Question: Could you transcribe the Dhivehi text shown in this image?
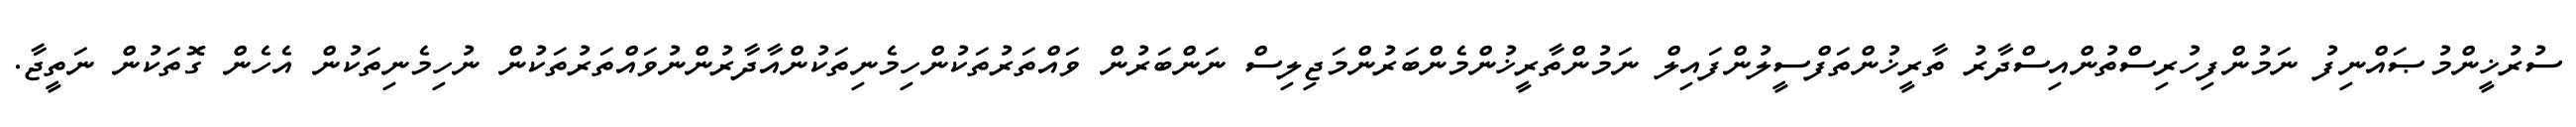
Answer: ސުރުޚީންމުޞައްނިފު ނަމުންފިހުރިސްތުންއިސްދާރު ތާރީޚުންތަފްސީލުންފައިލް ނަމުންތާރީޚުންމެންބަރުންމަޖިލިސް ނަންބަރުން ވައްތަރުތަކުންހިމެނިތަކުންއާދާރުންނުވައްތަރުތަކުން ނުހިމެނިތަކުން އެހެން ގޮތަކުން ނަތީޖާ.